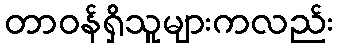
တာဝန်ရှိသူများကလည်း